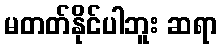
မတတ်နိုင်ပါဘူး ဆရာ